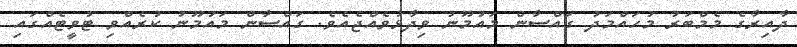
ދާއިރާގެ މެމްބަރު މުހައްމަދު ގައްސާން މައުމޫނު ވިދާޅުވެއްޖެއެވެ. ގައްސާން މައުމޫނު ކުރެއްވި ޓުވީޓެއްގައި